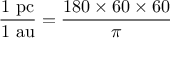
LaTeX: { \frac { 1 { \mathrm { ~ p c } } } { 1 { \mathrm { ~ a u } } } } = { \frac { 1 8 0 \times 6 0 \times 6 0 } { \pi } }